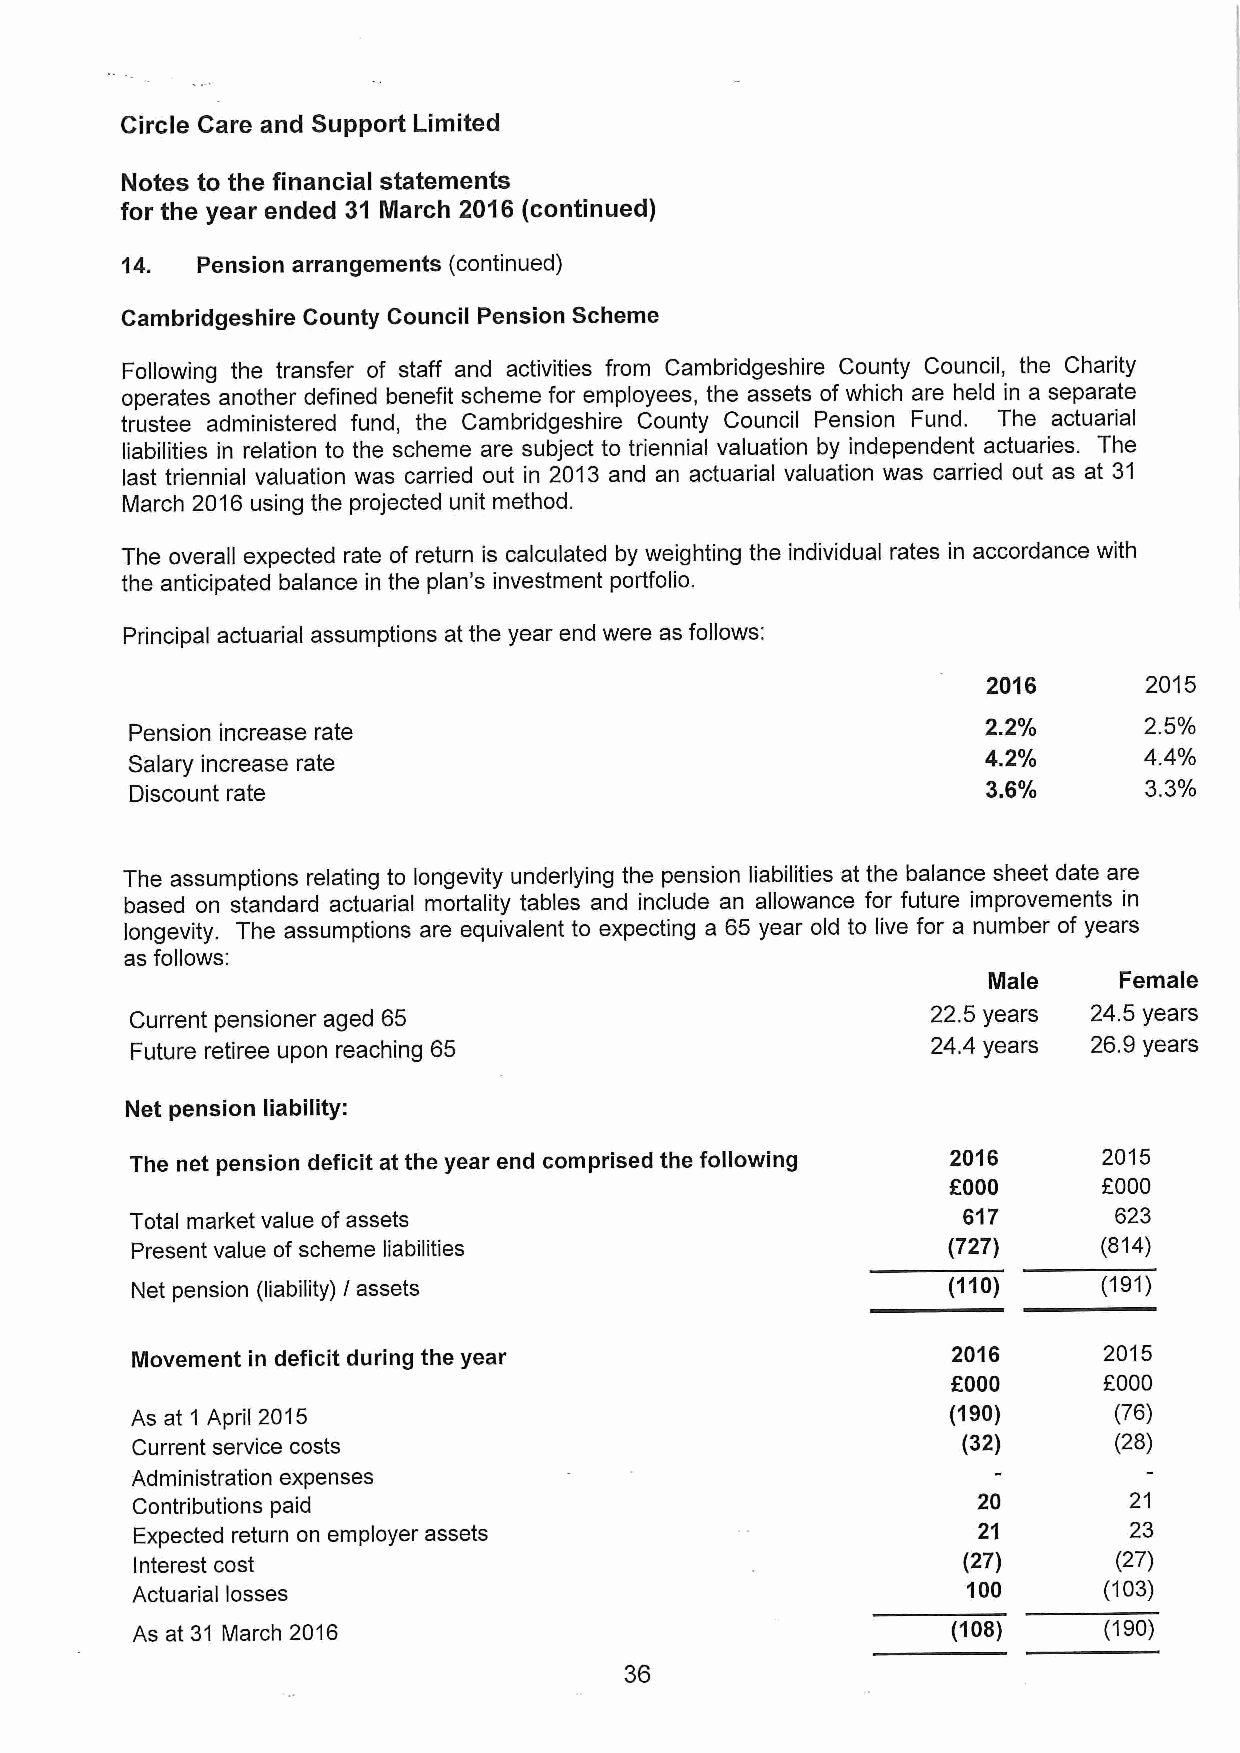
Circle Care and Support Limited
 Notes to the financial statements
 for the year ended 31 March 2016 (continued)
 14.  Pension arrangements (continued)
 Gambridgeshire County Council Pension Scheme
 Following the transfer of staff and activities from Cambridgeshire County Council, the Charity
 operates another defined benefit scheme for employees, the assets of which are held in a separate
 trustee administered fund, the Cambridgeshire County Council Pension Fund. The actuarial
 liabilities in relation to the scheme are subject to triennial valuation by independent actuaries. The
 last triennial valuation was carried out in 2013 and an actuarial valuation was carried out as at 31
 March 2016 using the projected unit method.
 The overall expected rate of return is calculated by weighting the individual rates in accordance with
 the anticipated balance in the plan's investment portfolio.
 Principal actuarial assumptions at the year end were as follows:
 2016       2015
 Pension increase rate
 2.2%       2.5%
 Salary increase rate
 4.2%       4.4%
 Discount rate
 3.6%       3.3%
 The assumptions relating to longevity underlying the pension liabilities at the balance sheet date are
 based on standard actuarial mortality tables and include an allowance for future improvements in
 longevity. The assumptions are equivalent to expecting a 65 year old to live for a number of years
 as follows:
 Male     Female
 Current pensioner aged 65                            22.5 years 24.5 years
 Future retiree upon reaching 65                      24.4 years 26.9years
 Net pension liability:
 The net pension deficit at the year end comprised the following 2016 2015
 f000      f000
 Total market value of assets                           617       623
 Present value of scheme liabiliTies                   (727)     (814)
 Net pension (liability) Iassets                       (110)     (191)
 Movement in deficit during the year                   2016      2015
 f000
 FOOO
 As at 1 April 2015                                    (190)      (76)
 Current service costs                                  (32)      (28)
 Administration expenses
 Contributions paid                                      20        21
 Expected return on employer assets                      21        23
 Interest cost                                          (27)      (27)
 Actuarial losses                                       100      (103)
 As at 31 March 2016                                   (108)     (190)